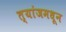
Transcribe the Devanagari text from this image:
त्यांजमधून